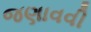
જણાવવી